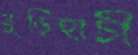
মুড়িহাটী